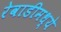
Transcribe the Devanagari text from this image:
रेवाडीमध्ये